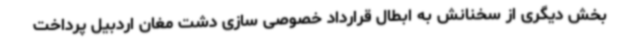
بخش دیگری از سخنانش به ابطال قرارداد خصوصی سازی دشت مغان اردبیل پرداخت